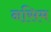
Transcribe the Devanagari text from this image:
नसिम